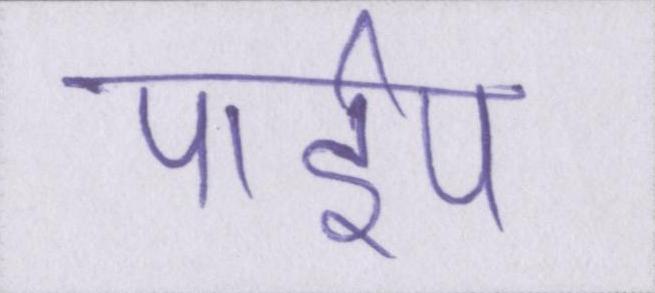
पाईप